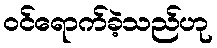
ဝင်ရောက်ခဲ့သည်ဟု